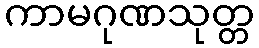
ကာမဂုဏသုတ္တ